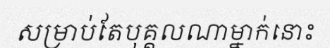
សម្រាប់តែបុគ្គលណាម្នាក់នោះ